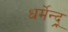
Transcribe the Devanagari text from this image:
धर्मेन्द्र्